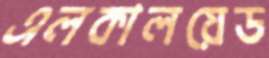
এলকালয়েড